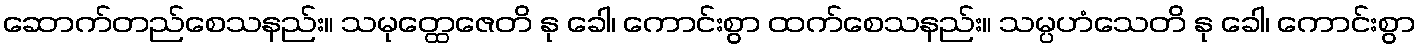
ဆောက်တည်စေသနည်း။ သမုတ္ထေဇေတိ နု ခေါ၊ ကောင်းစွာ ထက်စေသနည်း။ သမ္ပဟံသေတိ နု ခေါ၊ ကောင်းစွာ